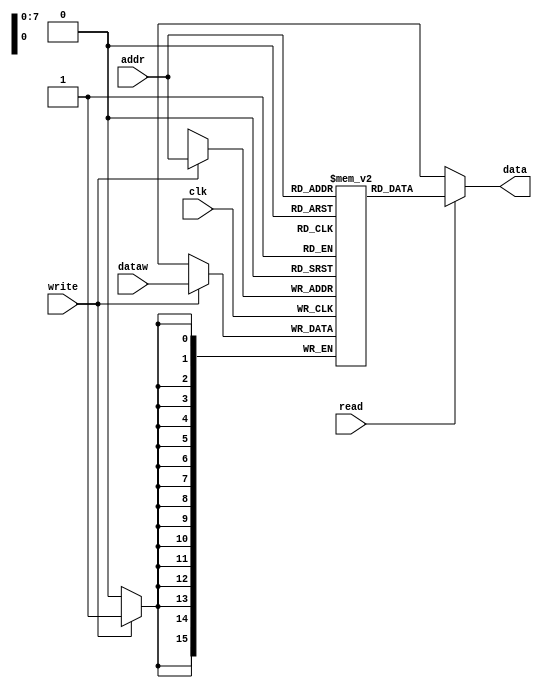
module DM_pp(clk,addr,data,dataw,read,write);
input clk;
input [7:0] addr;
input [15:0] dataw;
input read,write;
output [15:0] data;

reg [15:0] DM [255:0];
integer i;

assign data=(read)?DM[addr]:16'hxxxx;

initial 
begin
for(i=0;i<255;i=i+1)
DM[i]=16'h0000;
DM[0]=16'h0008;
DM[1]=16'h0009;
DM[2]=16'h0003;
DM[3]=16'h0004;
DM[4]=16'h001A;
DM[5]=16'h0006;
DM[6]=16'h0007;
DM[7]=16'h0008;
DM[8]=16'h0009;
DM[9]=16'h000A;
DM[10]=16'h000B;
end


always @(posedge clk)
begin
if(write)
DM[addr]<=dataw;
end

endmodule